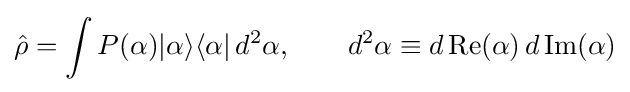
{\hat {\rho }}=\int P(\alpha )|{\alpha }\rangle \langle {\alpha }|\,d^{2}\alpha ,\qquad d^{2}\alpha \equiv d\,{\rm {Re}}(\alpha )\,d\,{\rm {Im}}(\alpha )